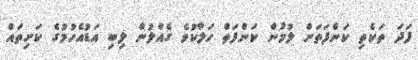
ފަދަ ތަކެތި ކަންފަތަށް ލުމުން ކަންފަތް ހަލާކުވެ ގެއްލުން ލިބި އަޑުއެހުމުގެ ކަށިތައް